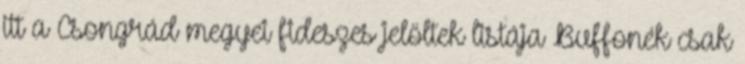
itt a Csongrád megyei fideszes jelöltek listája Buffonék csak